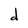
Character: d